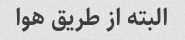
البته از طریق هوا